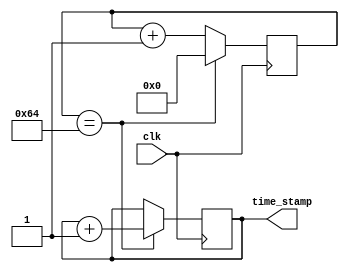

module us_timer(
input wire clk,
output wire [31:0]time_stamp //in us
    );

reg [31:0]count = 0;
reg [6:0]counter = 0;


assign time_stamp = count;


always@(posedge clk) begin
        if (counter == 'h64)//32 for 0.5us || 64 for 1us at 100MHz || D7 for 1 us at 215 || FA @ 215
            begin
            counter <= 0;
            count <= count+1;
            end
        else begin counter <= counter + 1'h1; end
	end

endmodule